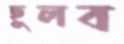
ছুলব